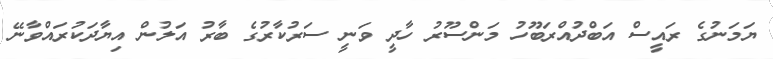
ޔަމަނުގެ ރައީސް އަބްދުއްރަބޫހު މަންސޫރު ހާދީ ވަނީ ސަރުކާރުގެ ބާރު އަލުން އިޔާދަކުރައްވާނޭ